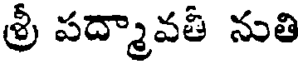
శ్రీ పద్మావతీ నుతి